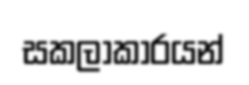
සකලාකාරයන්